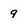
Character: 9